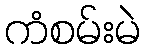
ကံစမ်းမဲ